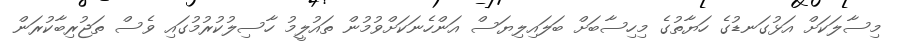
މިސާލަކަށް އަޅުގަނޑުގެ ހަޔާތުގެ މިހިސާބަށް ބަލައިލިޔަސް އަންހެނަކަށްވުމުން ތައުލީމު ހާސިލުކުރުމުގައި ވެސް ތަޖުރިބާކުރަން